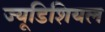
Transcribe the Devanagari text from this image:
ज्यूडिशियल